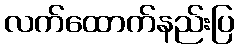
လက်ထောက်နည်းပြ